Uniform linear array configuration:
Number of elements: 24
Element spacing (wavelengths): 1
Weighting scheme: exponential
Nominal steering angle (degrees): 30
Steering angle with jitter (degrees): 29.718
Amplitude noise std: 0.05
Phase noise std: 0.05

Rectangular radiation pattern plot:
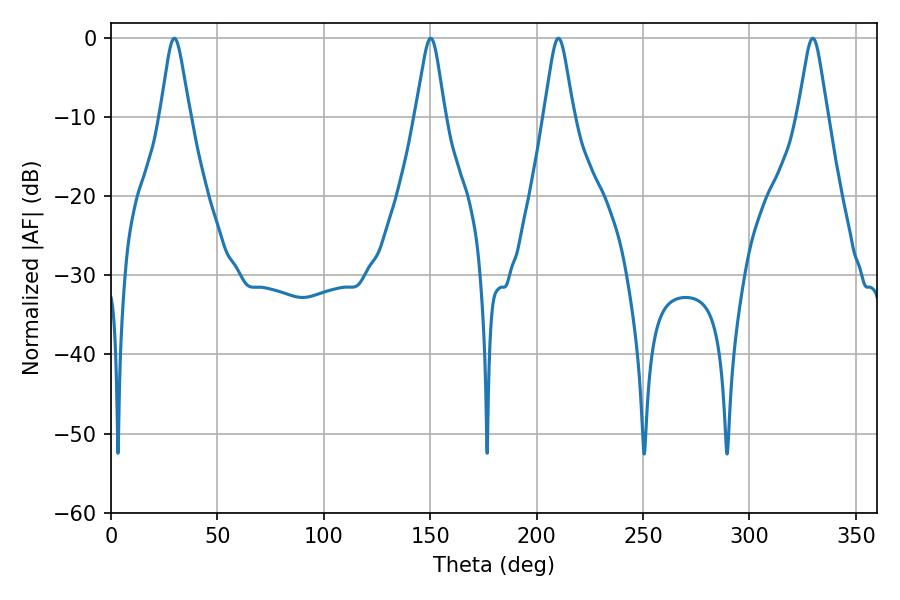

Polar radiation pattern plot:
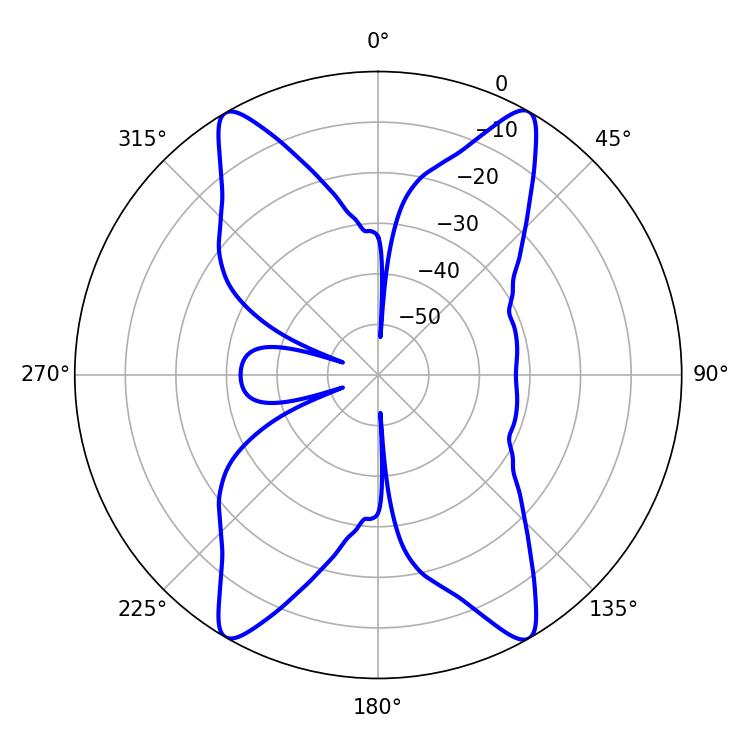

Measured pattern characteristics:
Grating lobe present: TRUE
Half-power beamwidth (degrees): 6.66
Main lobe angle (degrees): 210.24